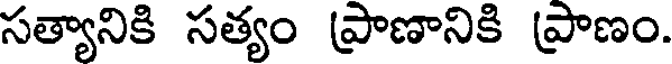
సత్యానికి సత్యం ప్రాణానికి ప్రాణం.